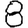
Digit: 8